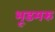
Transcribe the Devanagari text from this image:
भूडमरु